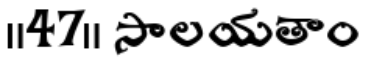
॥47॥ సాలయతాం